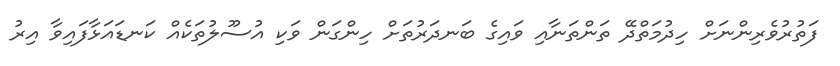
ފަތުރުވެރިންނަށް ހިދުމަތްދޭ ތަންތަނާއި ވައިގެ ބަނދަރުތަށް ހިންގަން ވަކި އުސޫލުތަކެއް ކަނޑައަޅާފައިވާ އިރު